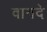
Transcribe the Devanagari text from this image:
वागदे